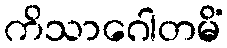
ကိသာဂေါတမိံ